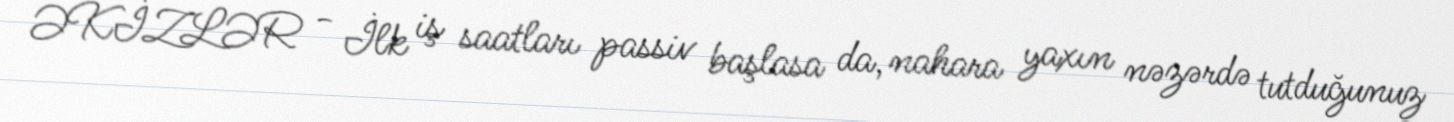
ƏKİZLƏR - İlk iş saatları passiv başlasa da, nahara yaxın nəzərdə tutduğunuz